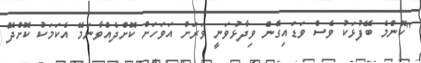
"ކޮންމެ ބޭފުޅަކު ވެސް ވަޑައިގެން ވިދާޅުވަނީ ވަރަށް އަވަހަށް ކޮށްދެއްވާނަމޭ އެކަމަކު ކޮށްދޭ